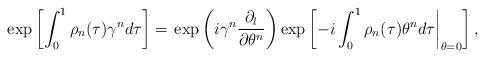
LaTeX: \begin{align*}\exp \left[\int_0^1 \rho_n(\tau)\gamma^n d\tau\right] =\left.\exp \left(i\gamma^n\frac{\partial_l}{\partial \theta^n} \right)\exp \left[-i\int_0^1\rho_n(\tau)\theta^n d\tau \right|_{\theta=0}\right],\end{align*}